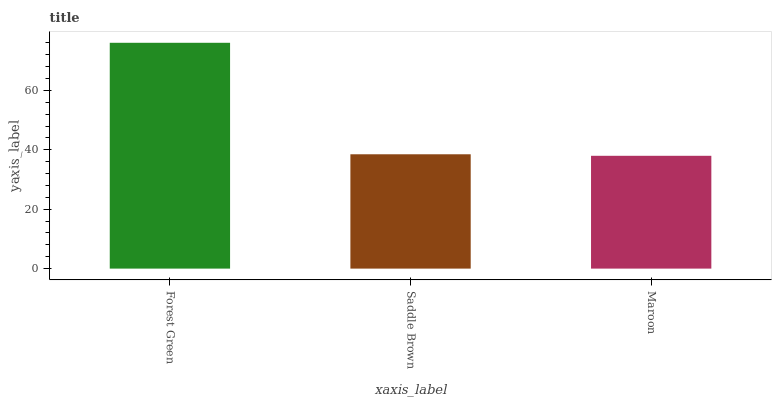
| xaxis_label | bars |
 | --- | --- |
 | Forest Green | 76.1 |
 | Saddle Brown | 38.5 |
 | Maroon | 38 |